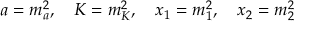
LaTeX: a = m _ { a } ^ { 2 } , \quad K = m _ { K } ^ { 2 } , \quad x _ { 1 } = m _ { 1 } ^ { 2 } , \quad x _ { 2 } = m _ { 2 } ^ { 2 }